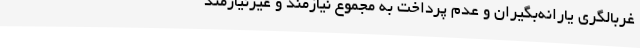
غربالگری یارانه‌بگیران و عدم پرداخت به مجموع نیازمند و غیرنیازمند